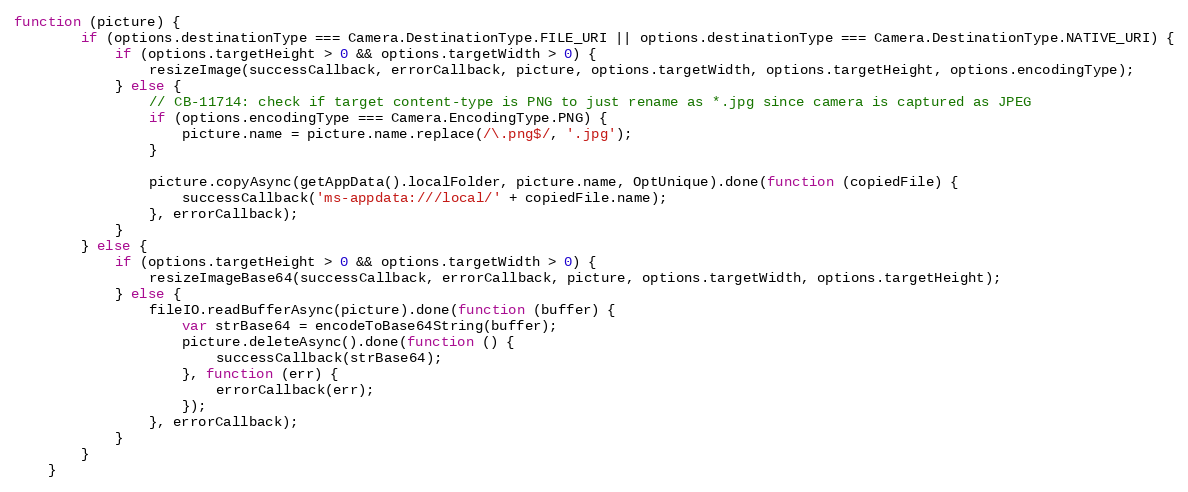
Language: JavaScript
function (picture) {
        if (options.destinationType === Camera.DestinationType.FILE_URI || options.destinationType === Camera.DestinationType.NATIVE_URI) {
            if (options.targetHeight > 0 && options.targetWidth > 0) {
                resizeImage(successCallback, errorCallback, picture, options.targetWidth, options.targetHeight, options.encodingType);
            } else {
                // CB-11714: check if target content-type is PNG to just rename as *.jpg since camera is captured as JPEG
                if (options.encodingType === Camera.EncodingType.PNG) {
                    picture.name = picture.name.replace(/\.png$/, '.jpg');
                }

                picture.copyAsync(getAppData().localFolder, picture.name, OptUnique).done(function (copiedFile) {
                    successCallback('ms-appdata:///local/' + copiedFile.name);
                }, errorCallback);
            }
        } else {
            if (options.targetHeight > 0 && options.targetWidth > 0) {
                resizeImageBase64(successCallback, errorCallback, picture, options.targetWidth, options.targetHeight);
            } else {
                fileIO.readBufferAsync(picture).done(function (buffer) {
                    var strBase64 = encodeToBase64String(buffer);
                    picture.deleteAsync().done(function () {
                        successCallback(strBase64);
                    }, function (err) {
                        errorCallback(err);
                    });
                }, errorCallback);
            }
        }
    }